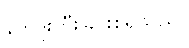
နတ်ဒိုးတီးခြင်းစရသည်။